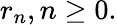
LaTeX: r_{n},n\geq 0.